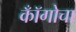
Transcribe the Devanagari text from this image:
कॉँगोचा